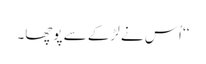
‘‘ اُس نے لڑکے سے پوچھا۔